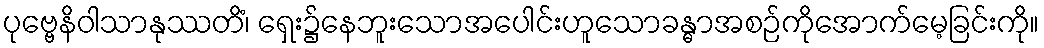
ပုဗ္ဗေနိဝါသာနုဿတိံ၊ ရှေး၌နေဘူးသောအပေါင်းဟူသောခန္ဓာအစဉ်ကိုအောက်မေ့ခြင်းကို။